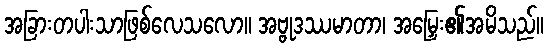
အခြားတပါးသာဖြစ်လေသလော။ အဗ္ဗုဒဿမာတာ၊ အမြှေး၏အမိသည်။